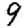
Digit: 9